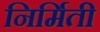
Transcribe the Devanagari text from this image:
निर्मिती